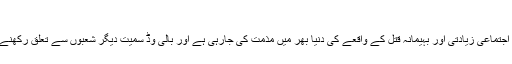
فائل فوٹو
مقبوضہ کشمیر میں ایک 8 سالہ مسلمان بچی سے اجتماعی زیادتی اور بہیمانہ قتل کے واقعے کی دنیا بھر میں مذمت کی جارہی ہے اور بالی وڈ سمیت دیگر شعبوں سے تعلق رکھنے والے افراد بھی اس کے خلاف آواز اٹھا رہے ہیں۔